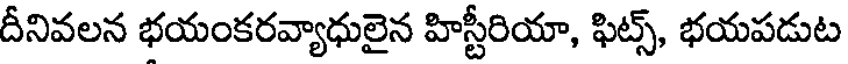
దీనివలన భయంకరవ్యాధులైన హిస్టీరియా, ఫిట్స్, భయపడుట